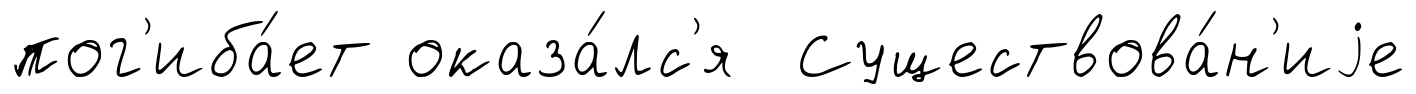
пог'иба́ет оказа́лс'я Существова́н'иjе